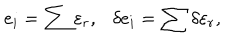
LaTeX: e _ { i } = \sum \varepsilon _ { r } , \delta e _ { i } = \sum \delta \varepsilon _ { r } ,